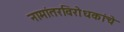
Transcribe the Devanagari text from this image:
नामांतरविरोधकांचे